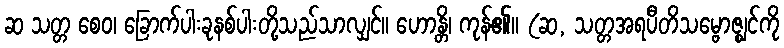
ဆ သတ္တ စေဝ၊ ခြောက်ပါးခုနစ်ပါးတို့သည်သာလျှင်။ ဟောန္တိ၊ ကုန်၏။ (ဆ, သတ္တအရပီတိသမ္ဗောဇ္ဈင်ကို